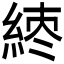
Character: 𬗘